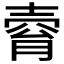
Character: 𡔴